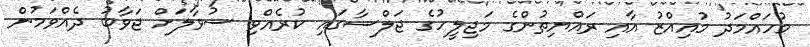
މުހައްމަދު މުއިއްޒު އާއި ރައްޔިތުންގެ މަޖިލީހުގެ ޖަލްސާގައި ކުރެއްވި ސުވާލަށް ޖަވާބު ދެއްވަމުން